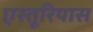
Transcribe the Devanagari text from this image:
एस्तूरियास